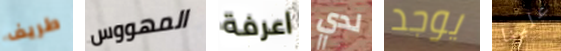
طريف المهووس اعرفة لدي يوجد علينا